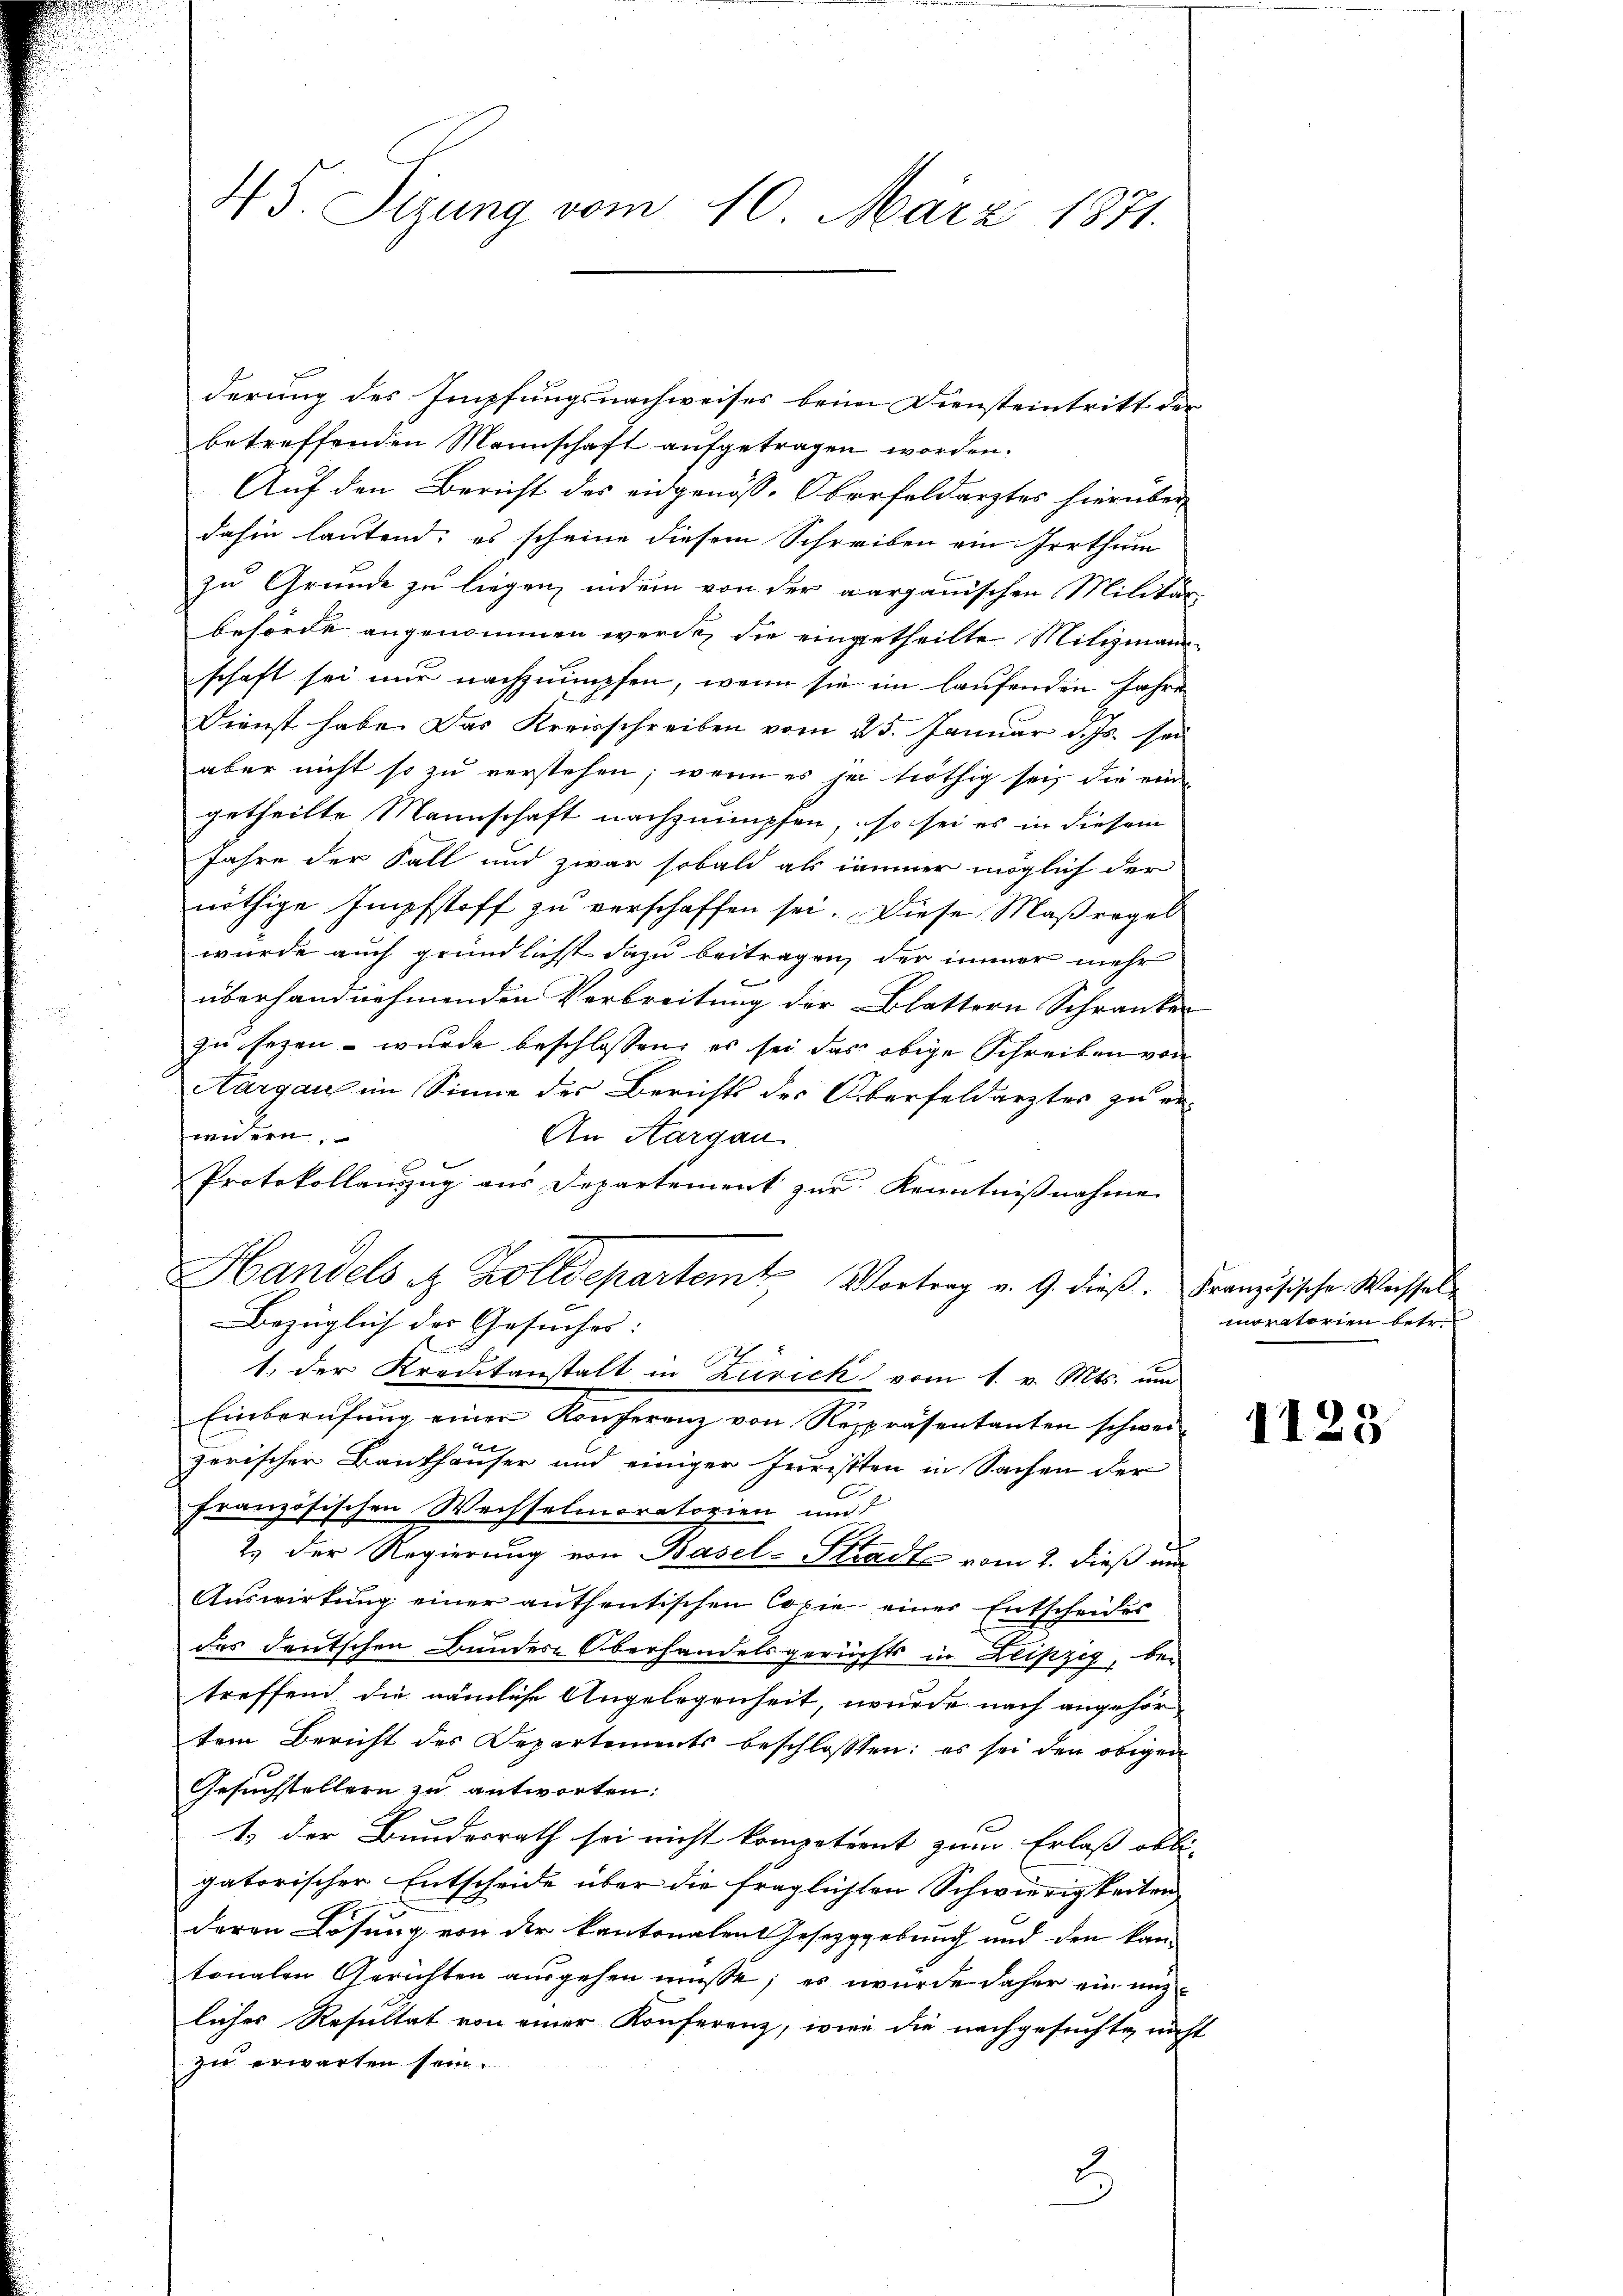
45. Sizung vom 10. März 1871.

derung des Impfungsnachweises beim Diensteintritt der
betreffenden Mannschaft aufgetragen worden.
Auf den Bericht des eidgenöss. Oberfeldarztes hierüber
dahin lautend; es scheine diesem Schreiben ein Irrthum
zu Grunde zu liegen, indem von der aargauischen Militär-
behörde angenommen werde, die eingetheilte Milizianschaft sei nur nachzuimpfen, wenn sie im laufenden Jahre
Dienst habe. Das Kreisschreiben vom 25. Januar d. Js. sei
aber nicht so zu verstehen, wenn es ja nöthig sei, die ein
getheilte Mannschaft nachzuimpfen, so sei es in diesem
Jahre der Fall und zwar sobald als immer möglich der
nöthige Impfstoff zu verschaffen sei. Diese Maßregel
wurde auch gründlichst dazu beitragen, der immer mehr
überhandnehmenden Verbreitung der Blattern Schranken
zu sezen – wurde beschlossen, es sei das obige Schreiben von
Aargau im Sinne der Berichts des Überfeldarztes zu ernnern,
An Aargau.
e
Protokollanzug aus Departement zur Kenntnißnahme
Handels et Zolldepartem Vortrag v. 9. dieβ. Französische Wechsel
Bezüglich des Gesuches
1. der Kreditanstalt in Zurick vom 1. v. Mts. um
Einberufung einer Konferenz von Repräsentanten schweizerischer Bankhäuser und einiger Juristen in Sachen der
C
französischen Wechselmoratorien und
2.) Der Regierung von Basel-Stadte vom 2. dieß nur
Auswirkung einer anthentischen Copie einer Entscheides
des deutschen Bundes-Oberhandelsgerichts in Leipzig, bei
treffend die nämliche Angelegenheit, wurde nach angehörtem Bericht des Departements beschlossen: es sei den obigen
Gesuchstellern zu antworten:
1) der Bundesrath sei nicht kompetient zum Erlass obli- |
gatorischer Entscheide über die fraglichten Schwierigkeiten
deren Lösung von der kantonalentesezggebung und den kan-
tonalen Gerichten ausgehen müsse; es würde daher ein unliches Resultat von einer Konferenz, wenn die nachgesuchte nicht
zu erwarten sein.
2.

moratorien betr.

1123